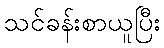
သင်ခန်းစာယူပြီး